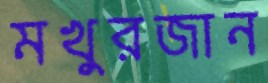
মখুরজান